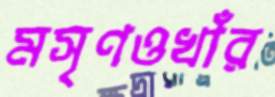
মসৃণওখাঁর